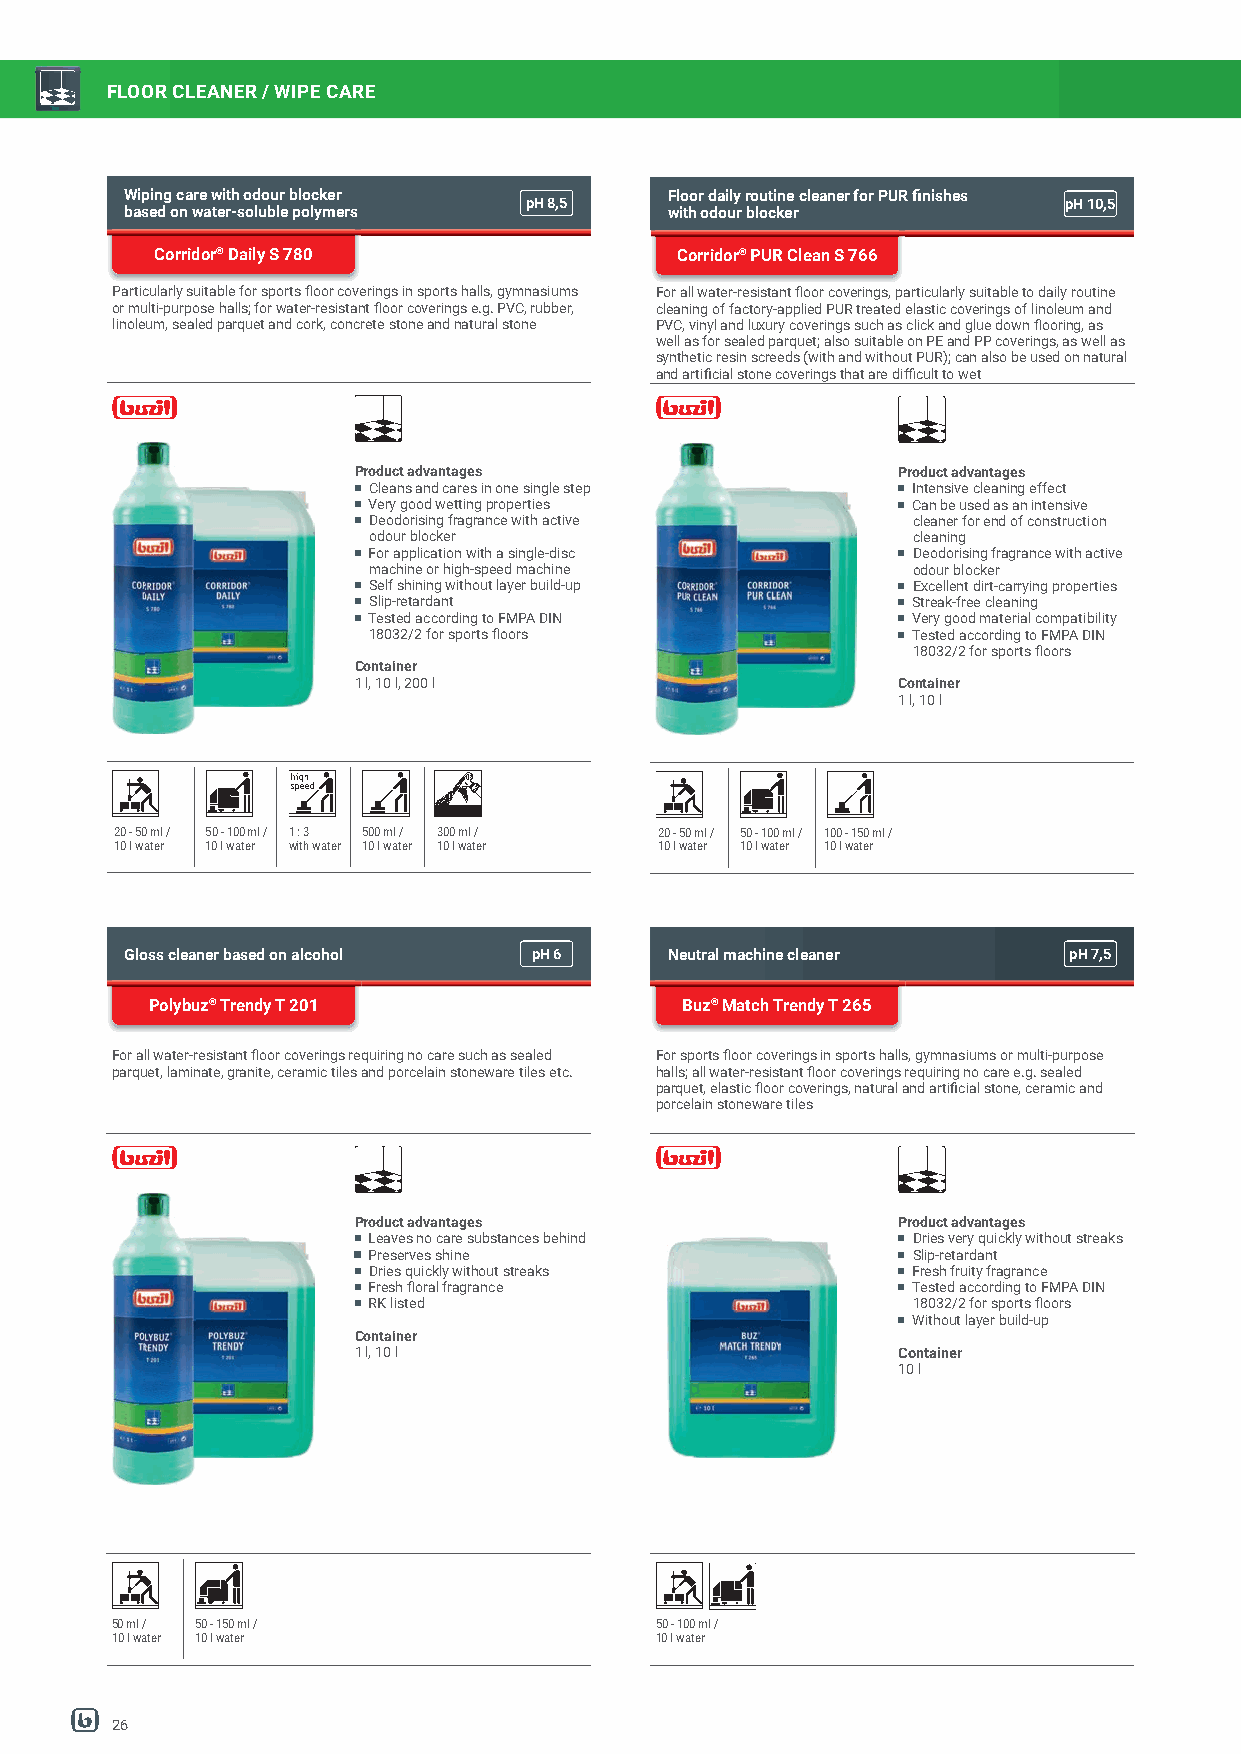
FLOOR CLEANER / WIPE CARE
 Wiping care with odour blocker      Floor daily routine cleaner for PUR fi nishes
 pH8,5                              pHpH108,5
 based on water-soluble polymers     with odour blocker
 Corridor® Daily S 780              Corridor® PUR Clean S 766
 Particularly suitable for sports fl oor coverings in sports halls, gymnasiums For all water-resistant fl oor coverings, particularly suitable to daily routine
 or multi-purpose halls; for water-resistant fl oor coverings e.g. PVC, rubber, cleaning of factory-applied PUR treated elastic coverings of linoleum and
 linoleum, sealed parquet and cork, concrete stone and natural stone PVC, vinyl and luxury coverings such as click and glue down fl ooring, as
 well as for sealed parquet; also suitable on PE and PP coverings, as well as
 synthetic resin screeds (with and without PUR); can also be used on natural
 and artifi cial stone coverings that are diffi cult to wet
 Product advantages                  Product advantages
 Cleans and cares in one single step Intensive cleaning effect
 Very good wetting properties        Can be used as an intensive
 Deodorising fragrance with active   cleaner for end of construction
 odour blocker                       cleaning
 For application with a single-disc  Deodorising fragrance with active
 machine or high-speed machine       odour blocker
 Self shining without layer build-up Excellent dirt-carrying properties
 Slip-retardant                      Streak-free cleaning
 Tested according to FMPA DIN        Very good material compatibility
 18032/2 for sports fl oors          Tested according to FMPA DIN
 18032/2 for sports fl oors
 Container
 1 l, 10 l, 200 l                    Container
 1 l, 10 l
 20 - 50 ml / 50 - 100 ml / 1 : 3 500 ml / 300 ml / 20 - 50 ml / 50 - 100 ml / 100 - 150 ml /
 10 l water 10 l water with water 10 l water 10 l water 10 l water 10 l water 10 l water
 Gloss cleaner based on alcohol pH6  Neutral machine cleaner    pH7,5
 Polybuz® Trendy T 201              Buz® Match Trendy T 265
 For all water-resistant fl oor coverings requiring no care such as sealed For sports fl oor coverings in sports halls, gymnasiums or multi-purpose
 parquet, laminate, granite, ceramic tiles and porcelain stoneware tiles etc. halls; all water-resistant fl oor coverings requiring no care e.g. sealed
 parquet, elastic fl oor coverings, natural and artifi cial stone, ceramic and
 porcelain stoneware tiles
 Product advantages                  Product advantages
 Leaves no care substances behind    Dries very quickly without streaks
 Preserves shine                     Slip-retardant
 Dries quickly without streaks       Fresh fruity fragrance
 Fresh fl oral fragrance             Tested according to FMPA DIN
 RK listed                           18032/2 for sports fl oors
 Without layer build-up
 Container
 1 l, 10 l                           Container
 10 l
 50 ml / 50 - 150 ml /               50 - 100 ml /
 10 l water 10 l water               10 l water
 26